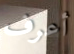
أعرف